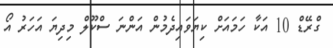
ގްރޭޑް 10 އަކާ ހަމައަށް ކިޔަވައިދެމުން އަންނަ ސްކޫލް މިދިޔަ އަހަރު އޯ